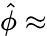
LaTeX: \hat{\phi}\approx